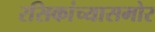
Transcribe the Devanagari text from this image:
रसिकांच्यासमोर